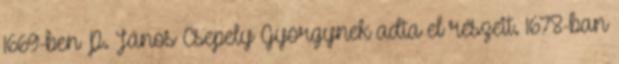
1669-ben P. János Csepely Györgynek adta el részeit. 1678-ban